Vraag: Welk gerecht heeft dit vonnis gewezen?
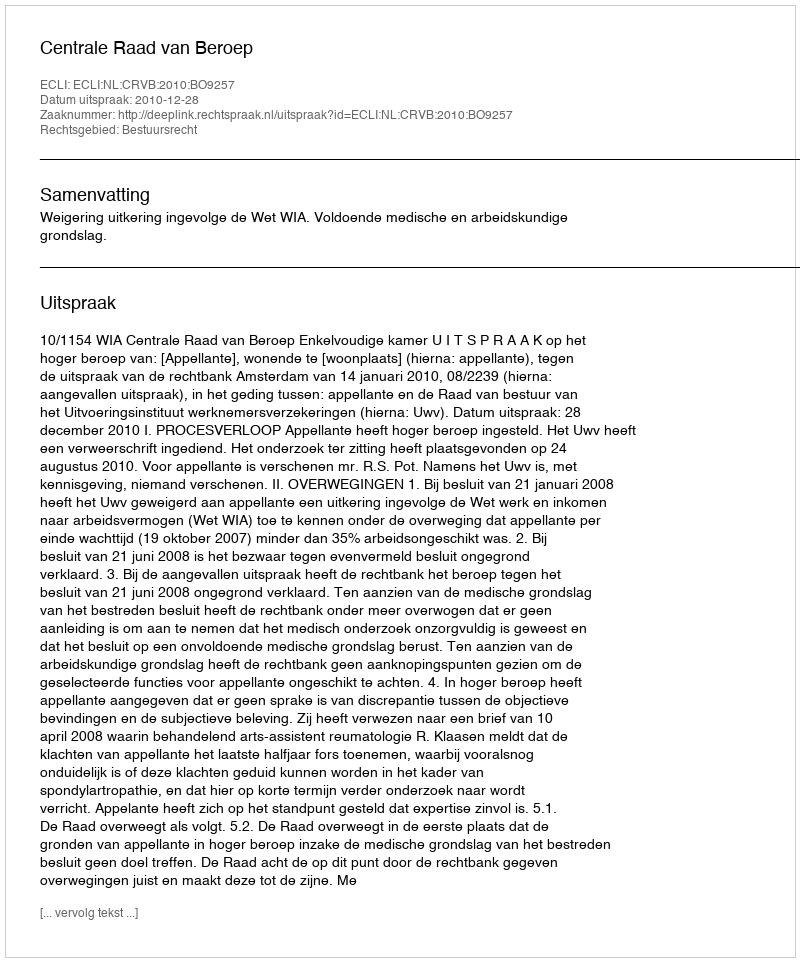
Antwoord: Centrale Raad van Beroep